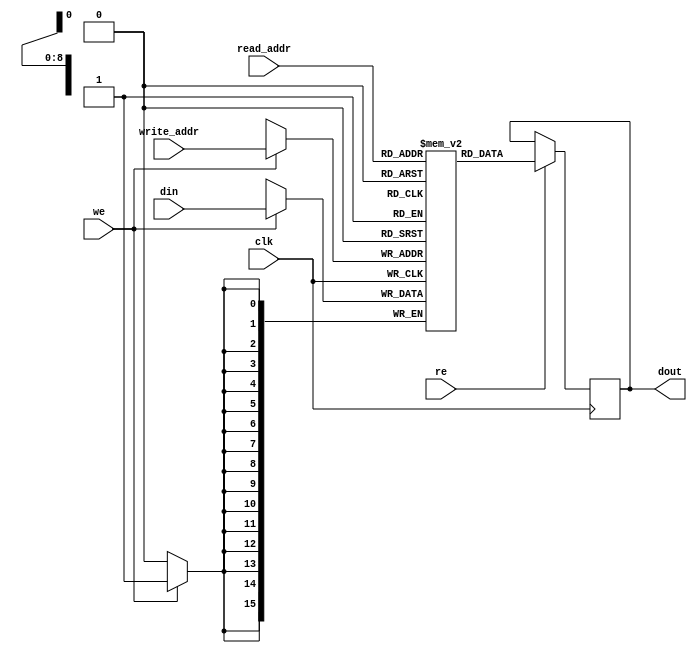
module ram_simple_dp_synch_rf_512x16_block (clk, we,re, read_addr, write_addr, din, dout);
    input clk, we, re;
    input [8:0] read_addr, write_addr;
    input [15:0] din;
    output [15:0] dout;
    reg [15:0] dout=0;
    (* ram_style = "block" *) 
    reg [15:0] ram [511:0];

    always @(posedge clk)
    begin
        if (we)
            ram[write_addr] <= din;
        if (re)
            dout <= ram[read_addr];
    end

endmodule